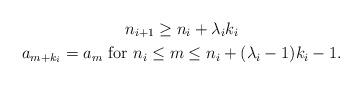
LaTeX: \begin{gather*}n_{i+1} \geq n_i +\lambda _i k_i \\a_{m+k_i} = a_m \mbox{ for } n_i \leq m \leq n_i +(\lambda _i -1)k_i -1. \end{gather*}